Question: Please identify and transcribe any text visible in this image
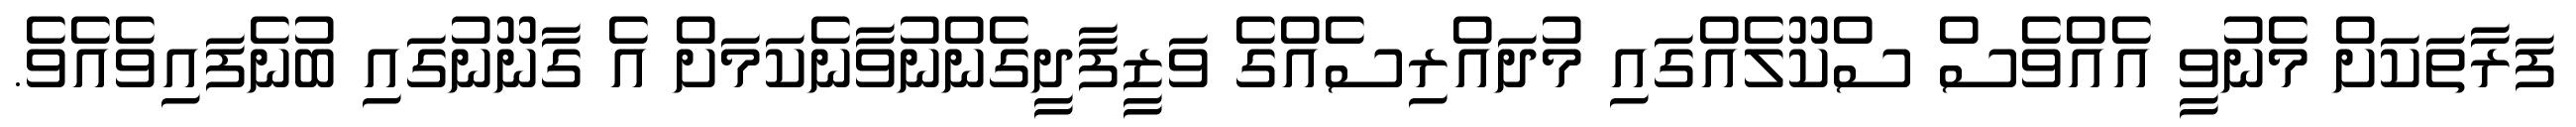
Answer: ފަރާތަކަށް މެނުވީ އެއްވެސް ސްކޫލެއްގައި މުދައްރިސެއްގެ ވަޒީފާދީގެންނުވާނެކަމަށް އެ ގާނޫނުގައި ބުނެފައިވެއެވެ.